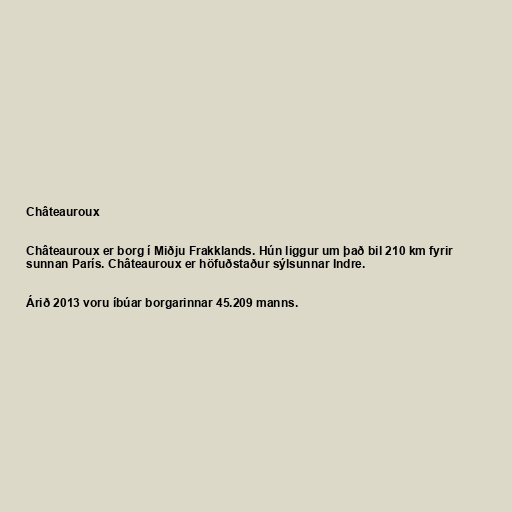
Châteauroux

Châteauroux er borg í Miðju Frakklands. Hún liggur um það bil 210 km fyrir
sunnan París. Châteauroux er höfuðstaður sýlsunnar Indre.

Árið 2013 voru íbúar borgarinnar 45.209 manns.